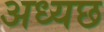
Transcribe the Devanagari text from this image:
अध्यछ